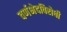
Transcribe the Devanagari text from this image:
वर्णभेदविरोधी